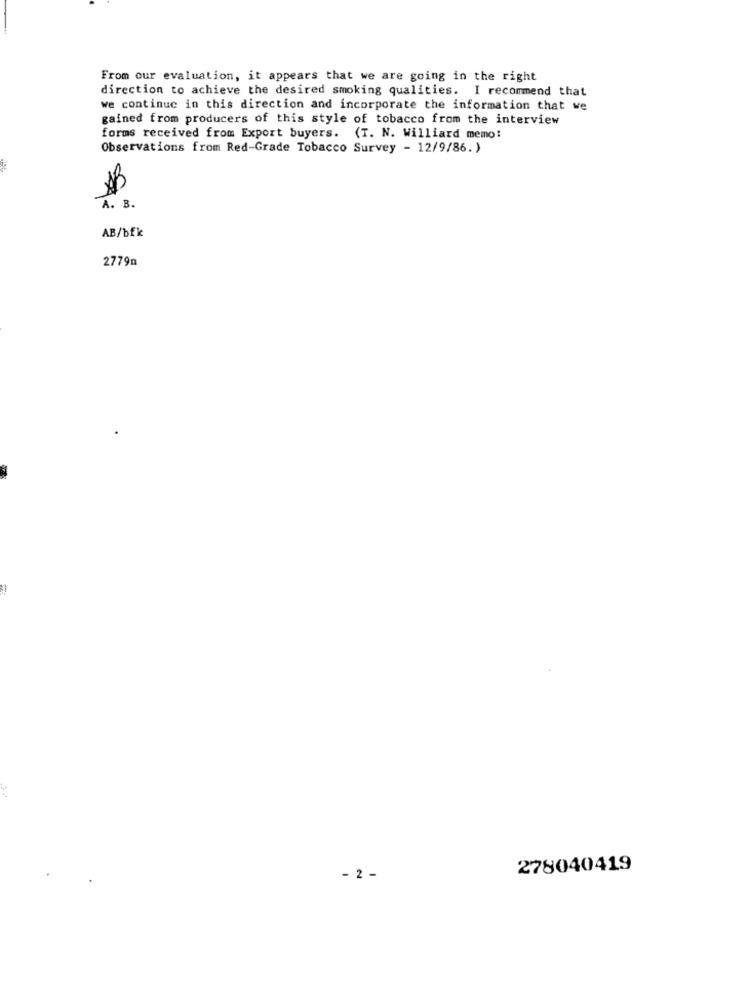
From our evaluation, it appears that we are going in the right
direction to achieve the desired smoking qualities. I recommend that
we continue in this direction and incorporate the information that we
gained from producers of this style of tobacco from the interview
forms received from Export buyers. (T. N. Williard memo:
Observations from Red-Grade Tobacco Survey - 12/9/86. )
A. B.
AB/bfk
2779n
278040419
- 2 -